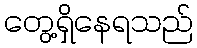
တွေ့ရှိနေရသည်